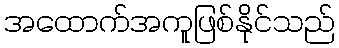
အထောက်အကူဖြစ်နိုင်သည်